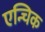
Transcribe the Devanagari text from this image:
एन्चिक